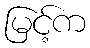
မြင့်က